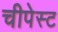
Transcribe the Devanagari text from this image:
चीपेस्ट